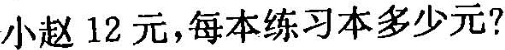
小赵12元，每本练习本多少元?